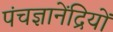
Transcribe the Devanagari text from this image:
पंचज्ञानेंद्रियों